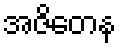
အဇိတေန